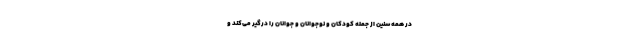
در همه سنین از جمله کودکان و نوجوانان و جوانان را درگیر می‌کند و